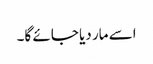
اسے مار دیا جائے گا۔